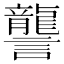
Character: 讋